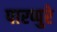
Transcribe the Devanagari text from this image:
पारप्पुरे